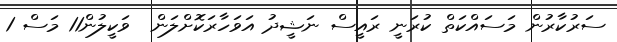
ސަރުކާރުން މަސައްކަތް ކުރަނީ ރައީސް ނަޝީދު އަވަހާރަކޮށްލަން  ވަކީލުން11 މަސް 1